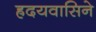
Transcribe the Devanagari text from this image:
ह्रदयवासिने